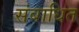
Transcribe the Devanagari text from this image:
संबाधित